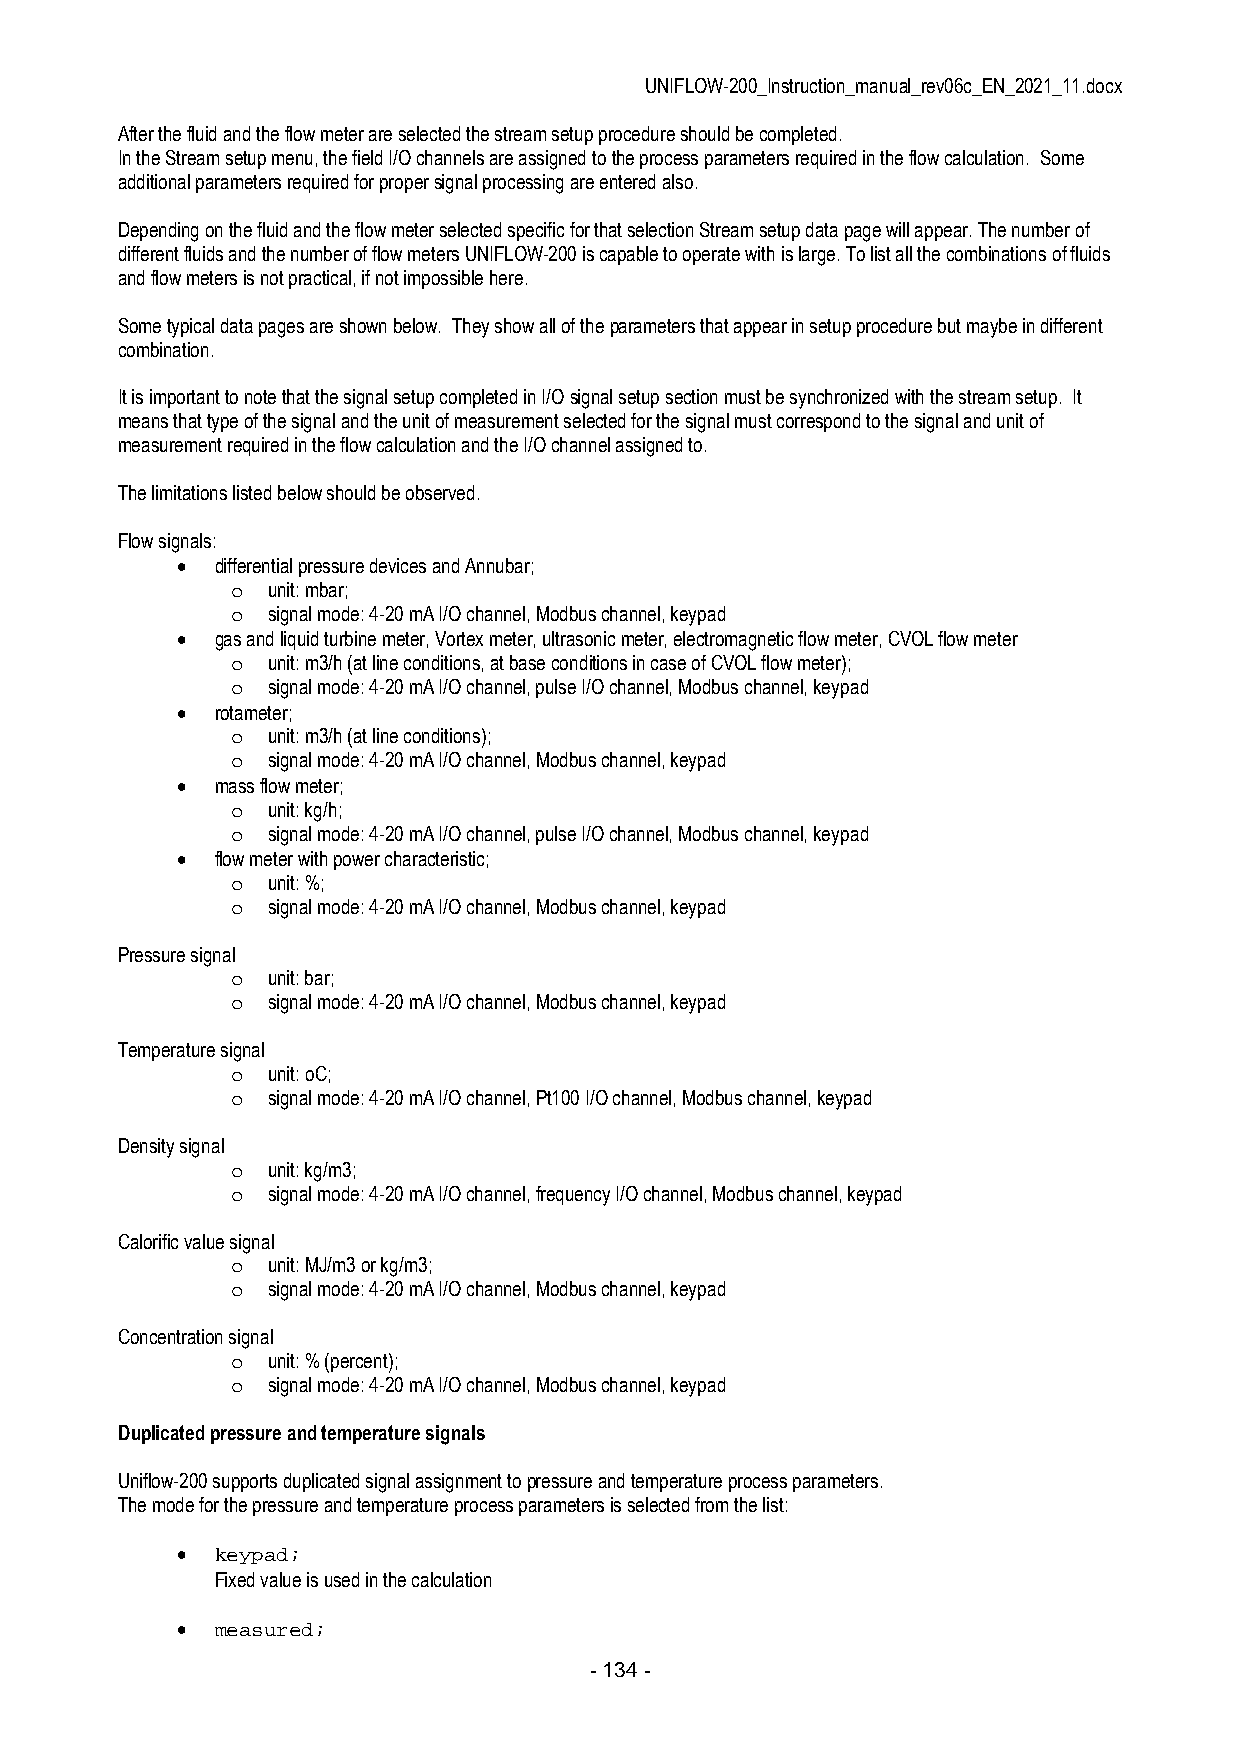
UNIFLOW-200_Instruction_manual_rev06c_EN_2021_11.docx
 After the fluid and the flow meter are selected the stream setup procedure should be completed.
 In the Stream setup menu, the field I/O channels are assigned to the process parameters required in the flow calculation. Some
 additional parameters required for proper signal processing are entered also.
 Depending on the fluid and the flow meter selected specific for that selection Stream setup data page will appear. The number of
 different fluids and the number of flow meters UNIFLOW-200 is capable to operate with is large. To list all the combinations of fluids
 and flow meters is not practical, if not impossible here.
 Some typical data pages are shown below. They show all of the parameters that appear in setup procedure but maybe in different
 combination.
 It is important to note that the signal setup completed in I/O signal setup section must be synchronized with the stream setup. It
 means that type of the signal and the unit of measurement selected for the signal must correspond to the signal and unit of
 measurement required in the flow calculation and the I/O channel assigned to.
 The limitations listed below should be observed.
 Flow signals:
  differential pressure devices and Annubar;
 o  unit: mbar;
 o  signal mode: 4-20 mA I/O channel, Modbus channel, keypad
  gas and liquid turbine meter, Vortex meter, ultrasonic meter, electromagnetic flow meter, CVOL flow meter
 o  unit: m3/h (at line conditions, at base conditions in case of CVOL flow meter);
 o  signal mode: 4-20 mA I/O channel, pulse I/O channel, Modbus channel, keypad
  rotameter;
 o  unit: m3/h (at line conditions);
 o  signal mode: 4-20 mA I/O channel, Modbus channel, keypad
  mass flow meter;
 o  unit: kg/h;
 o  signal mode: 4-20 mA I/O channel, pulse I/O channel, Modbus channel, keypad
  flow meter with power characteristic;
 o  unit: %;
 o  signal mode: 4-20 mA I/O channel, Modbus channel, keypad
 Pressure signal
 o  unit: bar;
 o  signal mode: 4-20 mA I/O channel, Modbus channel, keypad
 Temperature signal
 o  unit: oC;
 o  signal mode: 4-20 mA I/O channel, Pt100 I/O channel, Modbus channel, keypad
 Density signal
 o  unit: kg/m3;
 o  signal mode: 4-20 mA I/O channel, frequency I/O channel, Modbus channel, keypad
 Calorific value signal
 o  unit: MJ/m3 or kg/m3;
 o  signal mode: 4-20 mA I/O channel, Modbus channel, keypad
 Concentration signal
 o  unit: % (percent);
 o  signal mode: 4-20 mA I/O channel, Modbus channel, keypad
 Duplicated pressure and temperature signals
 Uniflow-200 supports duplicated signal assignment to pressure and temperature process parameters.
 The mode for the pressure and temperature process parameters is selected from the list:
  keypad;
 Fixed value is used in the calculation
  measured;
 - 134 -